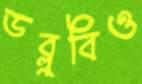
ডব্লুবিও